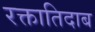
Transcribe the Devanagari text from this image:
रक्तातिदाब